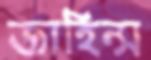
জাহিন্স